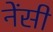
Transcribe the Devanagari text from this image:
नेंसी